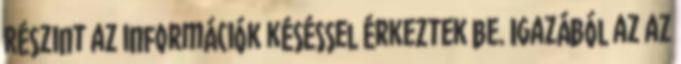
Részint az információk késéssel érkeztek be. Igazából az az